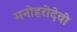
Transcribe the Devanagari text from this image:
मनोहरीदेवी